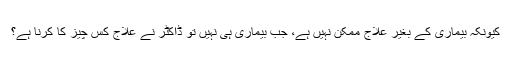
کیونکہ بیماری کے بغیر علاج ممکن نہیں ہے، جب بیماری ہی نہیں تو ڈاکٹر نے علاج کس چیز کا کرنا ہے؟